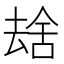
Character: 𫨮